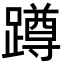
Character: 蹲